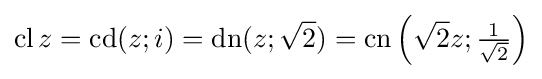
\operatorname {cl} z=\operatorname {cd} (z;i)=\operatorname {dn} (z;{\sqrt {2}})={\operatorname {cn} }\left({\sqrt {2}}z;{\tfrac {1}{\sqrt {2}}}\right)